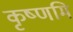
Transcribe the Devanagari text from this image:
कृष्णमि